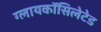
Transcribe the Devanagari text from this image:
ग्लायकॉसिलेटेड